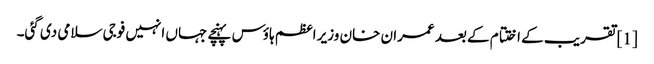
[1] تقریب کے اختتام کے بعد عمران خان وزیر اعظم ہاؤس پہنچے جہاں انہیں فوجی سلامی دی گئی۔